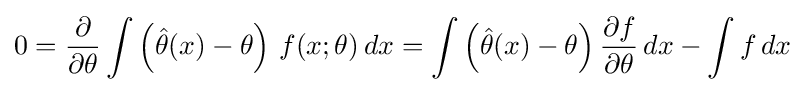
0={\frac {\partial }{\partial \theta }}\int \left({\hat {\theta }}(x)-\theta \right)\,f(x;\theta )\,dx=\int \left({\hat {\theta }}(x)-\theta \right){\frac {\partial f}{\partial \theta }}\,dx-\int f\,dx